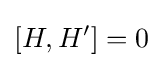
\left[H,H'\right]=0